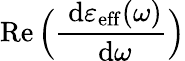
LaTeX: \operatorname{Re}\Big(\frac{\ \mathrm{d}\varepsilon_{\mathrm{eff}}(\omega)}{\ \mathrm{d}\omega}\Big)